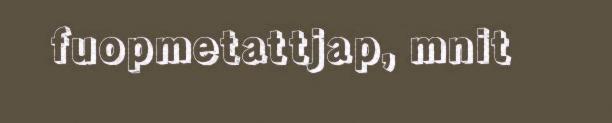
fuopmetattjap, mnit